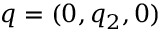
q = ( 0 , q _ { 2 } , 0 )